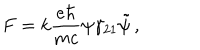
F = k \frac { e \hbar } { m c } \psi \gamma _ { 2 1 } \tilde { \psi } \, ,